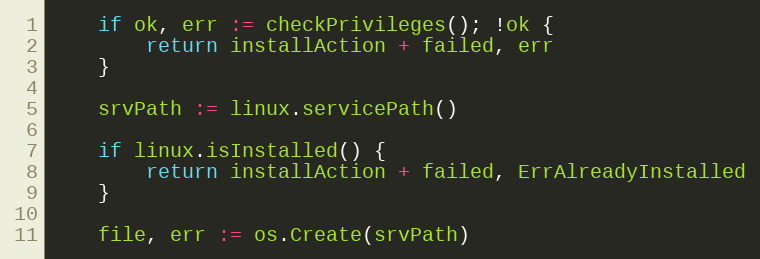
Language: Go
	if ok, err := checkPrivileges(); !ok {
		return installAction + failed, err
	}

	srvPath := linux.servicePath()

	if linux.isInstalled() {
		return installAction + failed, ErrAlreadyInstalled
	}

	file, err := os.Create(srvPath)